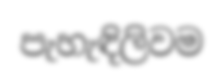
පැහැඳිලිවම